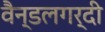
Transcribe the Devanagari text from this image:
वैन्डलगर्दी